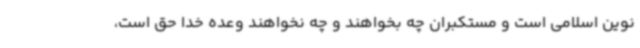
نوین اسلامی است و مستکبران چه بخواهند و چه نخواهند وعده خدا حق است،